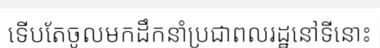
ទើបតែចូលមកដឹកនាំប្រជាពលរដ្ឋនៅទីនោះ